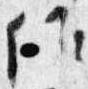
候